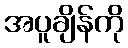
အပူချိန်ကို